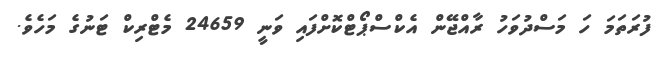
ފުރަތަމަ ހަ މަސްދުވަހު ރާއްޖޭން އެކްސްޕޯޓްކޮށްފައި ވަނީ 24659 މެޓްރިކް ޓަނުގެ މަހެވެ.